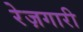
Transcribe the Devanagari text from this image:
रेज़गारी